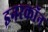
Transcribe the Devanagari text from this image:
इनरकॉन